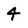
Character: 4